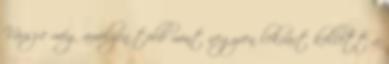
Vársz-e még amelyen több mint negyven lekvárt kellett a